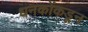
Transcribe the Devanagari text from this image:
धनकोंकडून